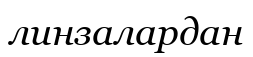
линзалардан